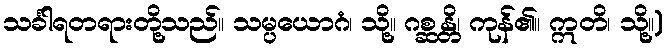
သင်္ခါရတရားတို့သည်။ သမ္ပယောဂံ၊ သို့။ ဂစ္ဆန္တိ၊ ကုန်၏။ ဣတိ၊ သို့။)